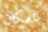
بامكان